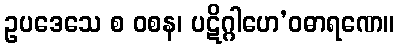
ဥပဒေသေ စ ဝစန၊ ပဋိဂ္ဂါဟေ’ဝဓာရဏေ။